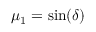
\mu _ { 1 } = \sin ( \delta )